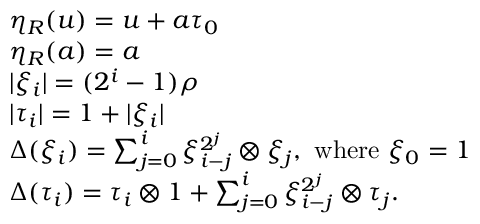
\begin{array} { r l } & { \eta _ { R } ( u ) = u + a \tau _ { 0 } } \\ & { \eta _ { R } ( a ) = a } \\ & { | \xi _ { i } | = ( 2 ^ { i } - 1 ) \rho } \\ & { | \tau _ { i } | = 1 + | \xi _ { i } | } \\ & { \Delta ( \xi _ { i } ) = \sum _ { j = 0 } ^ { i } \xi _ { i - j } ^ { 2 ^ { j } } \otimes \xi _ { j } , \ \mathrm { w h e r e } \ \xi _ { 0 } = 1 } \\ & { \Delta ( \tau _ { i } ) = \tau _ { i } \otimes 1 + \sum _ { j = 0 } ^ { i } \xi _ { i - j } ^ { 2 ^ { j } } \otimes \tau _ { j } . } \end{array}